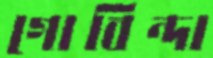
গোবিন্দা